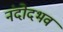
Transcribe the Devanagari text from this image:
नंदोदभव